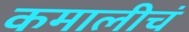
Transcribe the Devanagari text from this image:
कमालीचं